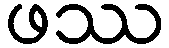
ဖဿ